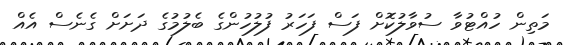
މަތިން ހުއްޓުވާ ސުވާލުކޮށް ފަސް ފަހަރު ފުލުހުންގެ ބެލުމުގެ ދަށަށް ގެނެސް އެއް